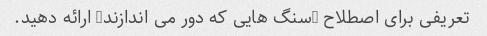
تعریفی برای اصطلاح "سنگ هایی که دور می اندازند" ارائه دهید.